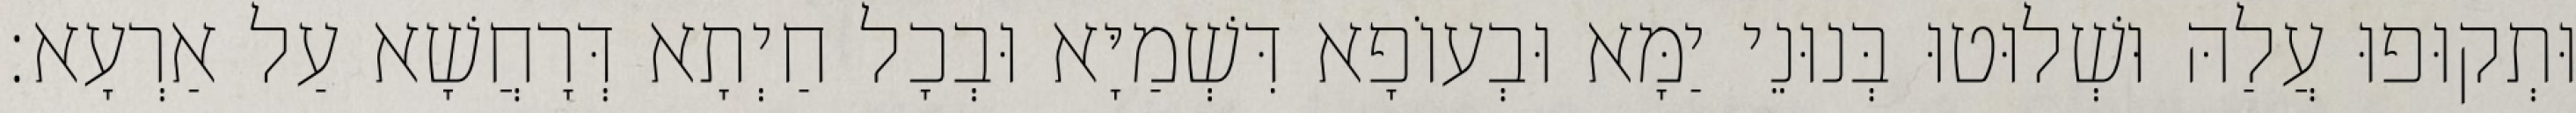
וּתְקוּפוּ עֲלַהּ וּשְׁלוּטוּ בְּנוּנֵי יַמָּא וּבְעוֹפָא דִּשְׁמַיָּא וּבְכָל חַיְתָא דְּרָחֲשָׁא עַל אַרְעָא׃